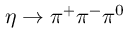
\eta \rightarrow \pi ^ { + } \pi ^ { - } \pi ^ { 0 }